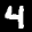
Label: 4